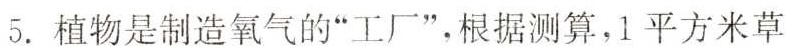
5.植物是制造氧气的”工厂”，根据测算，1平方米草